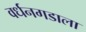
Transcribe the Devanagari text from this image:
वर्धनगडाला